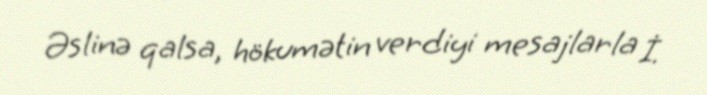
Əslinə qalsa, hökumətin verdiyi mesajlarla İ.